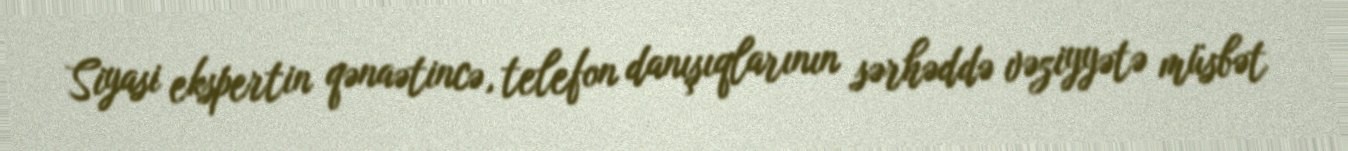
Siyasi ekspertin qənaətincə, telefon danışıqlarının sərhəddə vəziyyətə müsbət